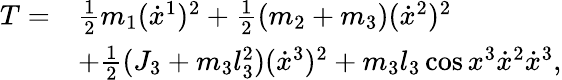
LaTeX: \begin{array}{rl}{T=}&{\frac{1}{2}m_{1}(\dot{x}^{1})^{2}+\frac{1}{2}(m_{2}+m_{3})(\dot{x}^{2})^{2}}\\ &{+\frac{1}{2}(J_{3}+m_{3}l_{3}^{2})(\dot{x}^{3})^{2}+m_{3}l_{3}\cos x^{3}\dot{x}^{2}\dot{x}^{3},}\end{array}